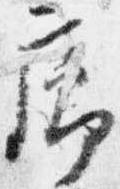
廊